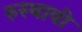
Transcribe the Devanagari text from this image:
रुस्थावी